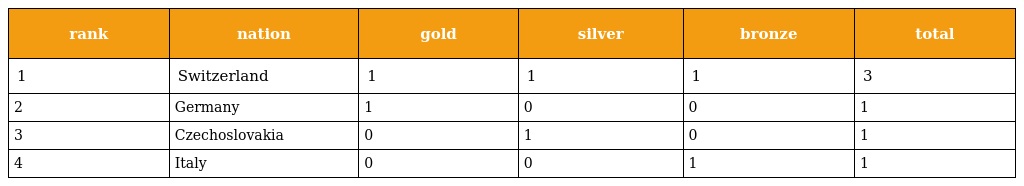
| rank | nation | gold | silver | bronze | total |
 | --- | --- | --- | --- | --- | --- |
 | 1 | Switzerland | 1 | 1 | 1 | 3 |
 | 2 | Germany | 1 | 0 | 0 | 1 |
 | 3 | Czechoslovakia | 0 | 1 | 0 | 1 |
 | 4 | Italy | 0 | 0 | 1 | 1 |